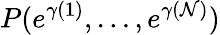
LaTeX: P(e^{\gamma(1)},\dots,e^{\gamma(\mathcal{N})})